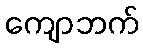
ကျောဘက်